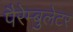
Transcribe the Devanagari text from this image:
पैरेम्बुलेटर